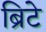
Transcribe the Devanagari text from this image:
ब्रिटे